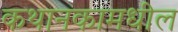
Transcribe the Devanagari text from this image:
कथानकामधील